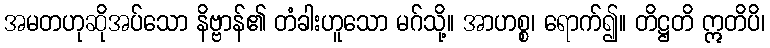
အမတဟုဆိုအပ်သော နိဗ္ဗာန်၏ တံခါးဟူသော မဂ်သို့။ အာဟစ္စ၊ ရောက်၍။ တိဋ္ဌတိ ဣတိပိ၊